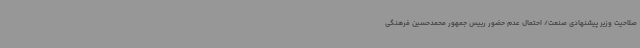
صلاحیت وزیر پیشنهادی صنعت/ احتمال عدم حضور رییس جمهور محمدحسین فرهنگی